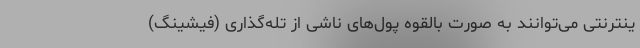
ینترنتی می‌توانند به صورت بالقوه پول‌های ناشی از تله‌گذاری (فیشینگ)